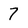
Character: 7